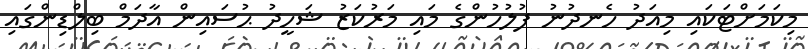
މިކަމަށްޓަކައި މިއަދު ހެނދުނު ފުލުހުންގެ މައި މަރުކަޒު ޝަހީދު ޙުސައިން އާދަމް ބިލްޑިންގައި